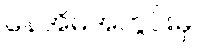
နေအိမ်အတွင်းမှ